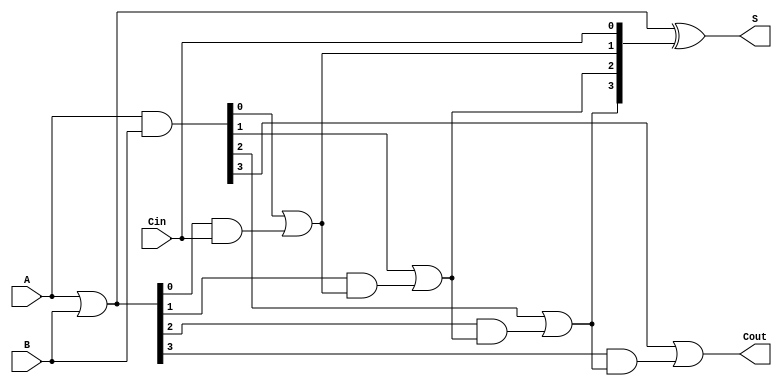
module CILA (
    input [3:0] A,      // 4-bit input A
    input [3:0] B,      // 4-bit input B
    input Cin,          // Carry-in
    output [3:0] S,     // 4-bit sum output
    output Cout         // Carry-out
);

    wire [3:0] G;       // Generate signals
    wire [3:0] P;       // Propagate signals
    wire [4:0] C;       // Carry signals

    // Generate and Propagate signals
    assign G = A & B;   // G[i] = A[i] & B[i]
    assign P = A | B;   // P[i] = A[i] | B[i]

    // Carry signals
    assign C[0] = Cin;  // C[0] = Cin
    assign C[1] = G[0] | (P[0] & C[0]); // C[1] = G[0] + (P[0] * C[0])
    assign C[2] = G[1] | (P[1] & C[1]); // C[2] = G[1] + (P[1] * C[1])
    assign C[3] = G[2] | (P[2] & C[2]); // C[3] = G[2] + (P[2] * C[2])
    assign C[4] = G[3] | (P[3] & C[3]); // C[4] = G[3] + (P[3] * C[3])

    // Sum calculation
    assign S = P ^ C[3:0]; // S[i] = P[i] ^ C[i]

    // Carry-out
    assign Cout = C[4];   // Cout = C[4]

endmodule